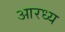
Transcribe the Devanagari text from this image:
आरध्य